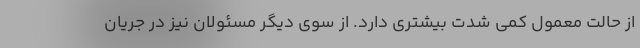
از حالت معمول کمی شدت بیشتری دارد. از سوی دیگر مسئولان نیز در جریان